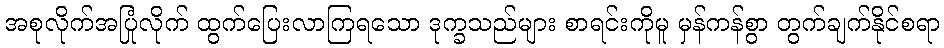
အစုလိုက်အပြုံလိုက် ထွက်ပြေးလာကြရသော ဒုက္ခသည်များ စာရင်းကိုမူ မှန်ကန်စွာ တွက်ချက်နိုင်စရာ